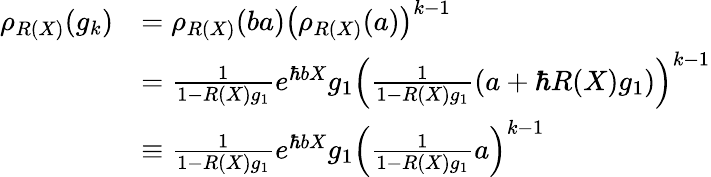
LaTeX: \begin{array}{rl}{\rho_{R(X)}(g_{k})}&{=\rho_{R(X)}(ba)\left(\rho_{R(X)}(a)\right)^{k-1}}\\ &{=\frac{1}{1-R(X)g_{1}}e^{\hbar bX}g_{1}\left(\frac{1}{1-R(X)g_{1}}(a+\hbar R(X)g_{1})\right)^{k-1}}\\ &{\equiv\frac{1}{1-R(X)g_{1}}e^{\hbar bX}g_{1}\left(\frac{1}{1-R(X)g_{1}}a\right)^{k-1}}\end{array}